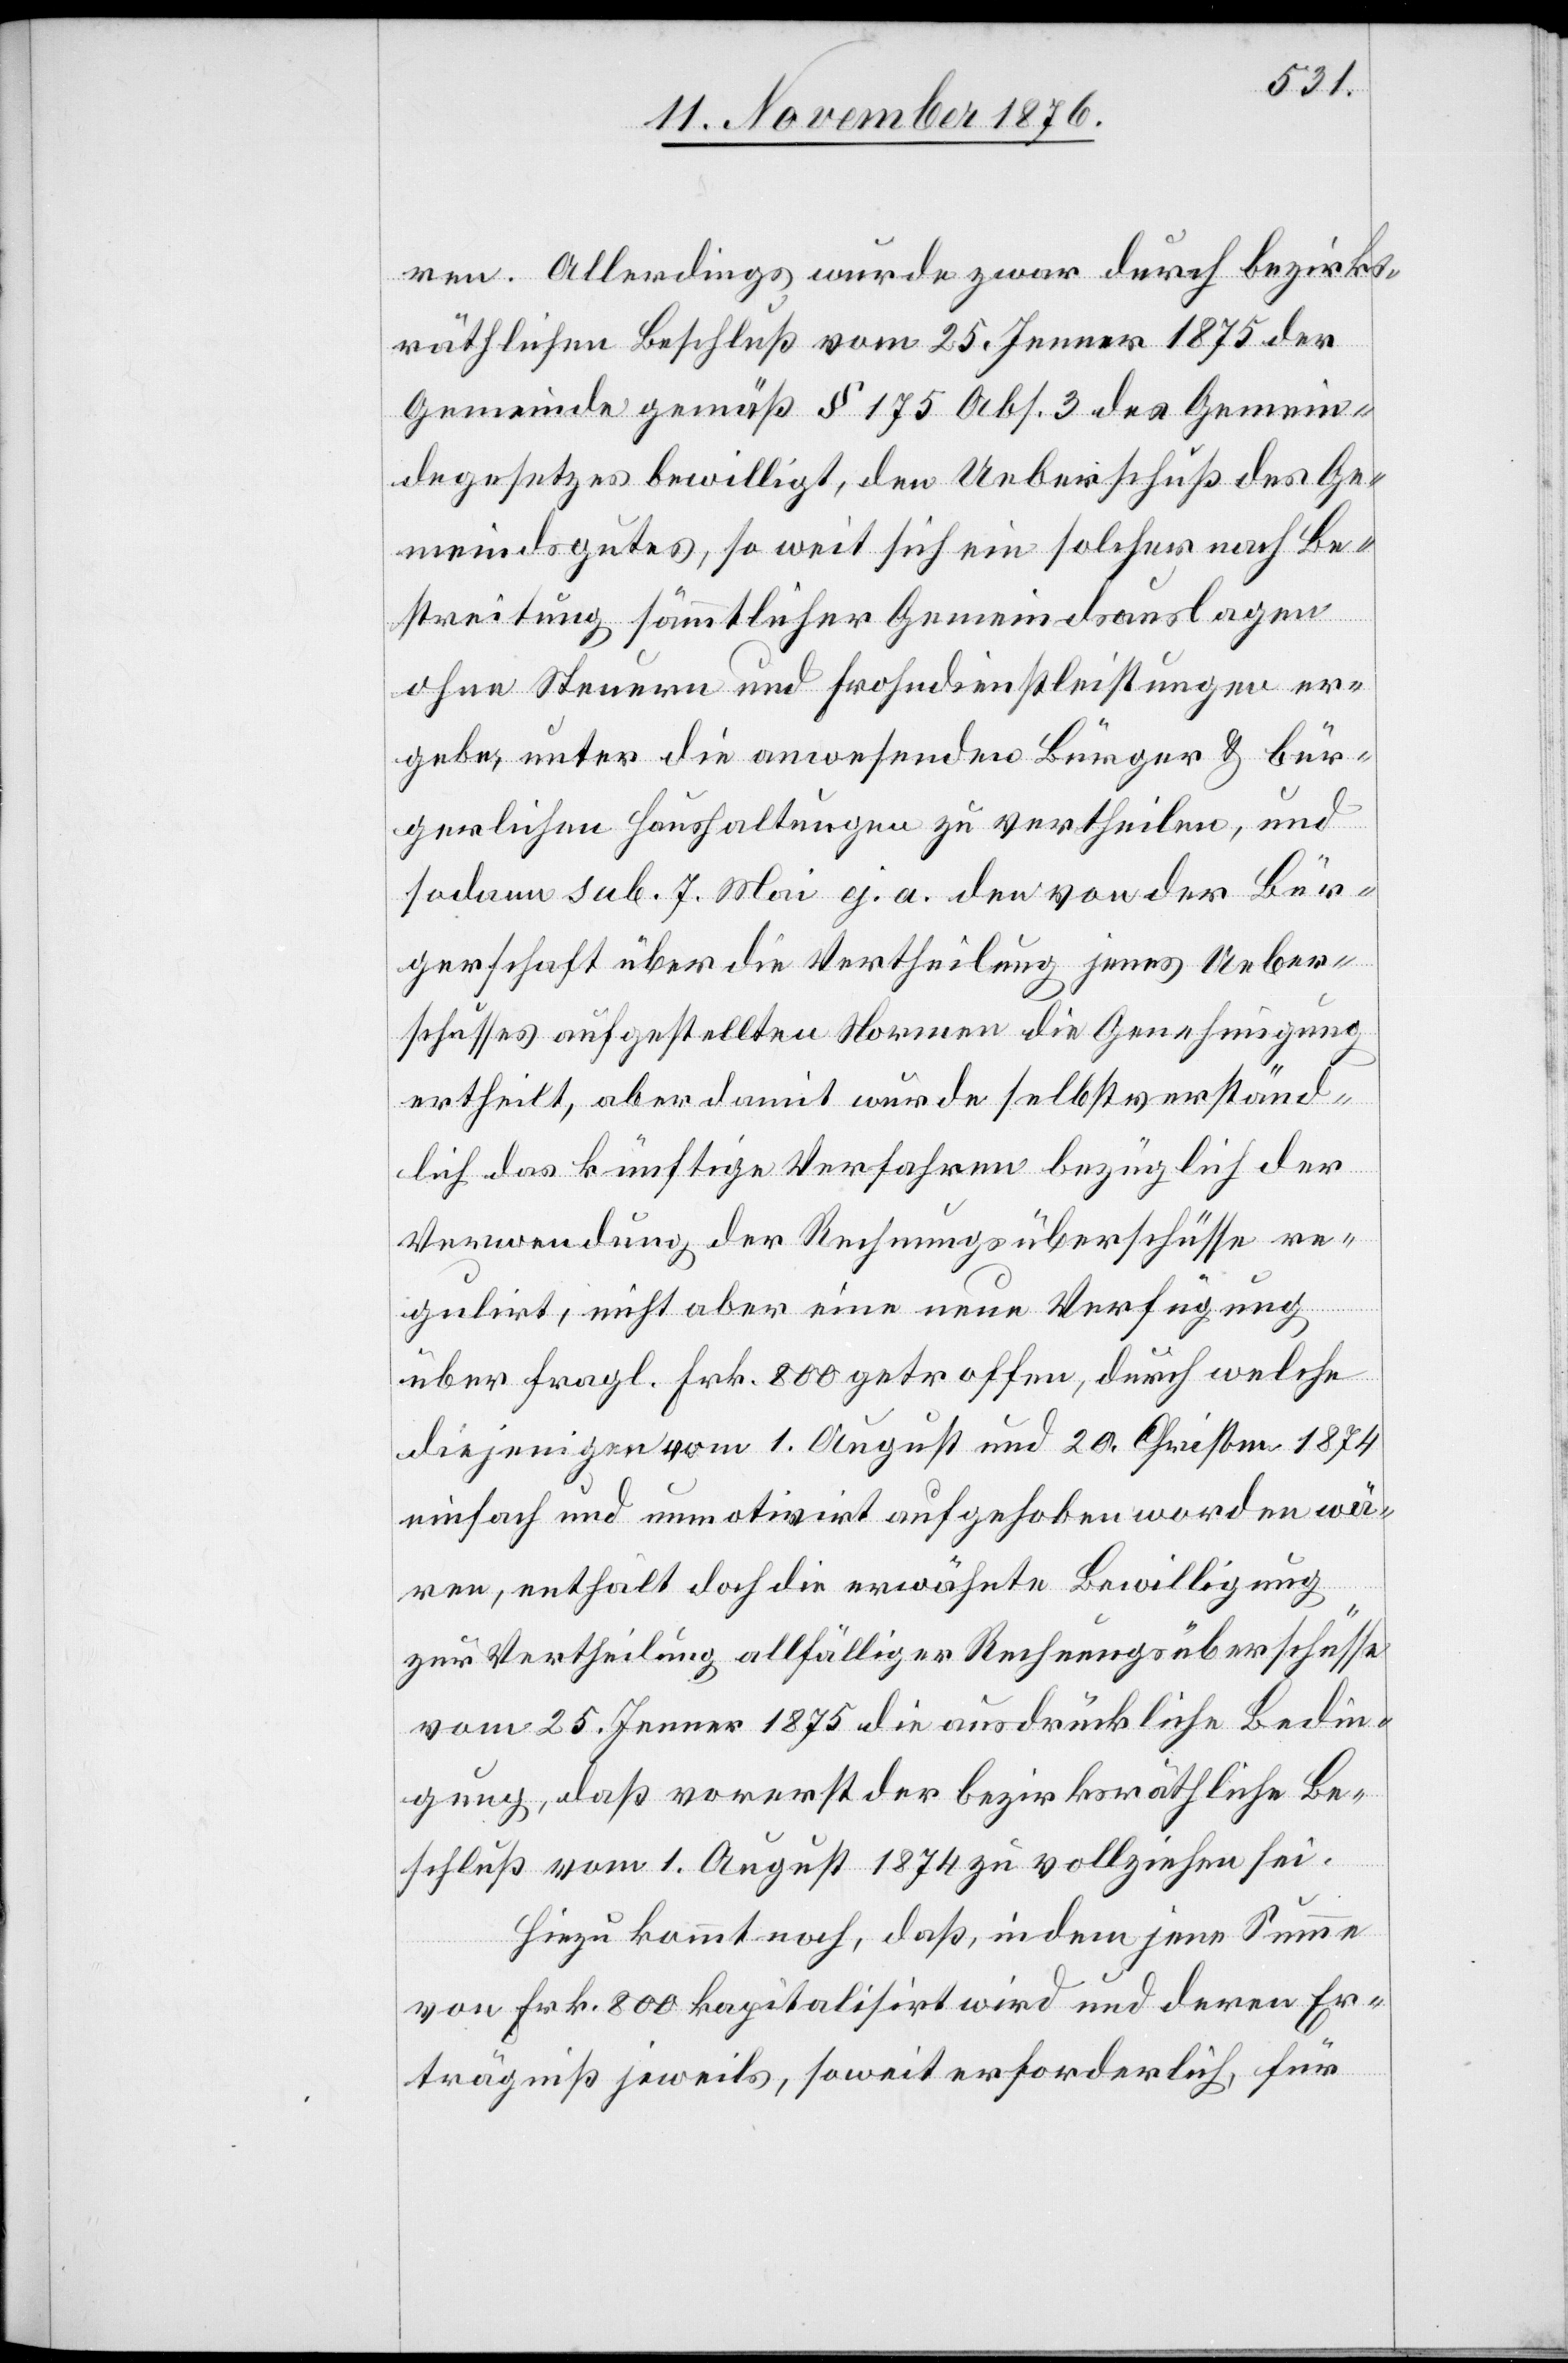
ren. Allerdings wurde zwar durch bezirks¬
räthlichen Beschluß vom 25. Jenner 1875 der
Gemeinde gemäß § 175 Abs. 3 des Gemein¬
degesetzes bewilligt, den Ueberschuß des Ge¬
meindsgutes, so weit sich ein solcher nach Be¬
streitung sämmtlicher Gemeindsauslagen
ohne Steuern und Frohndienstleistungen er¬
gebe, unter die anwesenden Bürger & bür¬
gerlichen Haushaltungen zu vertheilen, und
sodann sub. 7. Mai ej. a. den von der Bür¬
gerschaft über die Vertheilung jenes Ueber¬
schusses aufgestellten Normen die Genehmigung
ertheilt, aber damit wurde selbstverständ¬
lich das künftige Verfahren bezüglich der
Verwendung der Rechnungsüberschüsse re¬
gulirt, nicht aber eine neue Verfügung
über fragl. Frk. 800 getroffen, durch welche
diejenigen vom 1. August und 20. Christm. 1874
einfach und unmotivirt aufgehoben worden wä¬
ren, enthält doch die erwähnte Bewilligung
zur Vertheilung allfälliger Rechnungsüberschüsse
vom 25. Jenner 1875 die ausdrückliche Bedin¬
gung, daß vorerst der bezirksräthliche Be¬
schluß vom 1. August 1874 zu vollziehen sei.
Hiezu kommt noch, daß, indem jene Summe
von Frk. 800 kapitalisirt wird und deren Er¬
trägniß jeweils, soweit erforderlich, für